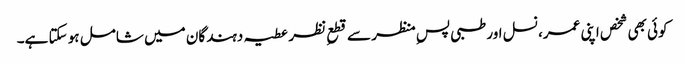
کوئی بھی شخص اپنی عمر، نسل اور طبی پسِ منظر سے قطعِ نظر عطیہ دہندگان میں شامل ہو سکتا ہے۔